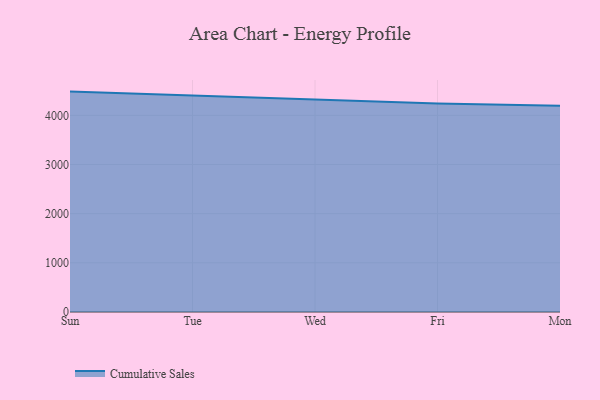
{"axis": {"x": "Day", "y": "Humidity (%)"}, "legend": ["Cumulative Sales"], "data": [{"x": "Sun", "y": 4482.4, "type": "Cumulative Sales"}, {"x": "Tue", "y": 4406.8, "type": "Cumulative Sales"}, {"x": "Wed", "y": 4330.4, "type": "Cumulative Sales"}, {"x": "Fri", "y": 4242.5, "type": "Cumulative Sales"}, {"x": "Mon", "y": 4193.4, "type": "Cumulative Sales"}]}